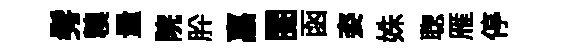
髣糗量院肸嘉閲函姿姝聦雁停